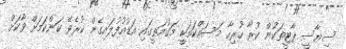
ސިޔާސީ ޕާޓީތަކުން ކުރާ ހުރިހާ މަސައްކަތަކީ މަގުމަތީގައި އަޑުއުފުލައިގެން ކުރެވޭ ކަންކަމަށް ވާކަށް